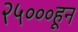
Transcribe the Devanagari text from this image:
२५०००हून